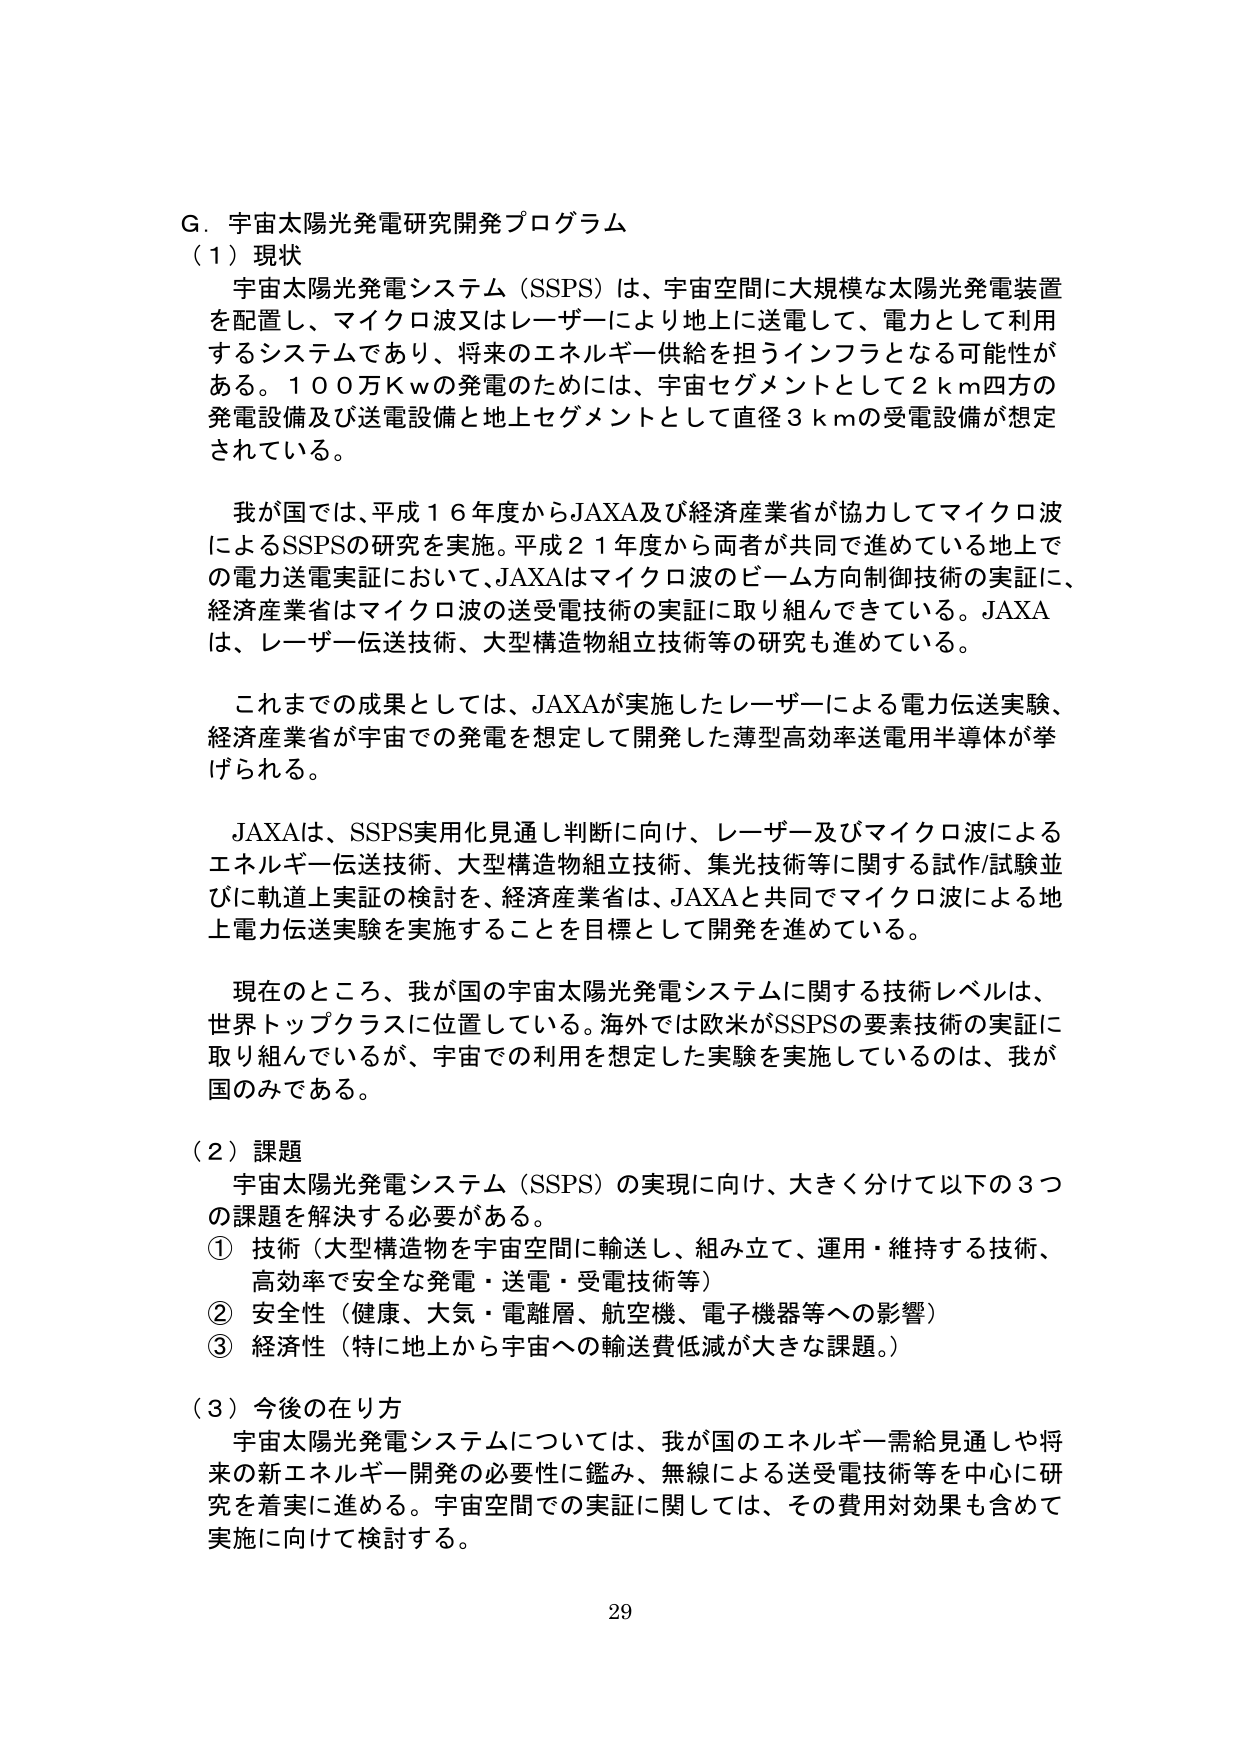
G．宇宙太陽光発電研究開発プログラム
（1）現状
　宇宙太陽光発電システム（SSPS）は、宇宙空間に大規模な太陽光発電装置を配置し、マイクロ波又はレーザーにより地上に送電して、電力として利用するシステムであり、将来のエネルギー供給を担うインフラとなる可能性がある。１００万Ｋｗの発電のためには、宇宙セグメントとして２ｋｍ四方の発電設備及び送電設備と地上セグメントとして直径３ｋｍの受電設備が想定されている。

　我が国では、平成１６年度からJAXA及び経済産業省が協力してマイクロ波によるSSPSの研究を実施。平成２１年度から両者が共同で進めている地上での電力送電実証において、JAXAはマイクロ波のビーム方向制御技術の実証に、経済産業省はマイクロ波の送受電技術の実証に取り組んできている。JAXAは、レーザー伝送技術、大型構造物組立技術等の研究も進めている。

　これまでの成果としては、JAXAが実施したレーザーによる電力伝送実験、経済産業省が宇宙での発電を想定して開発した薄型高効率送電用半導体が挙げられる。

　JAXAは、SSPS実用化見通し判断に向け、レーザー及びマイクロ波によるエネルギー伝送技術、大型構造物組立技術、集光技術等に関する試作/試験並びに軌道上実証の検討を、経済産業省は、JAXAと共同でマイクロ波による地上電力伝送実験を実施することを目標として開発を進めている。

　現在のところ、我が国の宇宙太陽光発電システムに関する技術レベルは、世界トップクラスに位置している。海外では欧米がSSPSの要素技術の実証に取り組んでいるが、宇宙での利用を想定した実験を実施しているのは、我が国のみである。

（2）課題
　宇宙太陽光発電システム（SSPS）の実現に向け、大きく分けて以下の3つの課題を解決する必要がある。
① 技術（大型構造物を宇宙空間に輸送し、組み立て、運用・維持する技術、高効率で安全な発電・送電・受電技術等）
② 安全性（健康、大気・電離層、航空機、電子機器等への影響）
③ 経済性（特に地上から宇宙への輸送費低減が大きな課題。）

（3）今後の在り方
　宇宙太陽光発電システムについては、我が国のエネルギー需給見通しや将来の新エネルギー開発の必要性に鑑み、無線による送受電技術等を中心に研究を着実に進める。宇宙空間での実証に関しては、その費用対効果も含めて実施に向けて検討する。

29